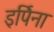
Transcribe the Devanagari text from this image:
इर्पिना